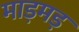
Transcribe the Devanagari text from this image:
माड़मड़